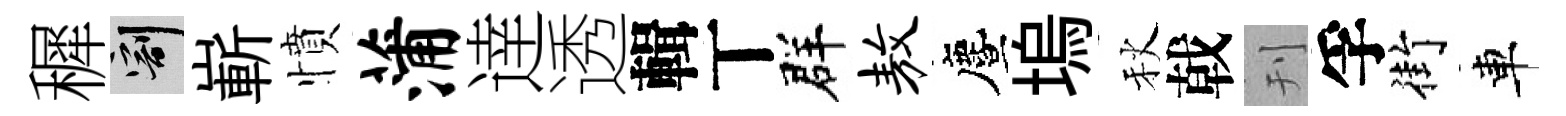
穉割嶄憤蒲逹透輯丅群敖󵨌塢秋戟刊孚街車